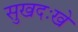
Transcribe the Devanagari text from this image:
सुखदःखे